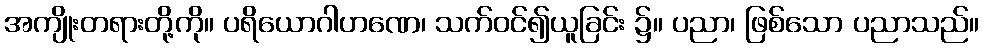
အကျိုးတရားတို့ကို။ ပရိယောဂါဟဏေ၊ သက်ဝင်၍ယူခြင်း ၌။ ပညာ၊ ဖြစ်သော ပညာသည်။